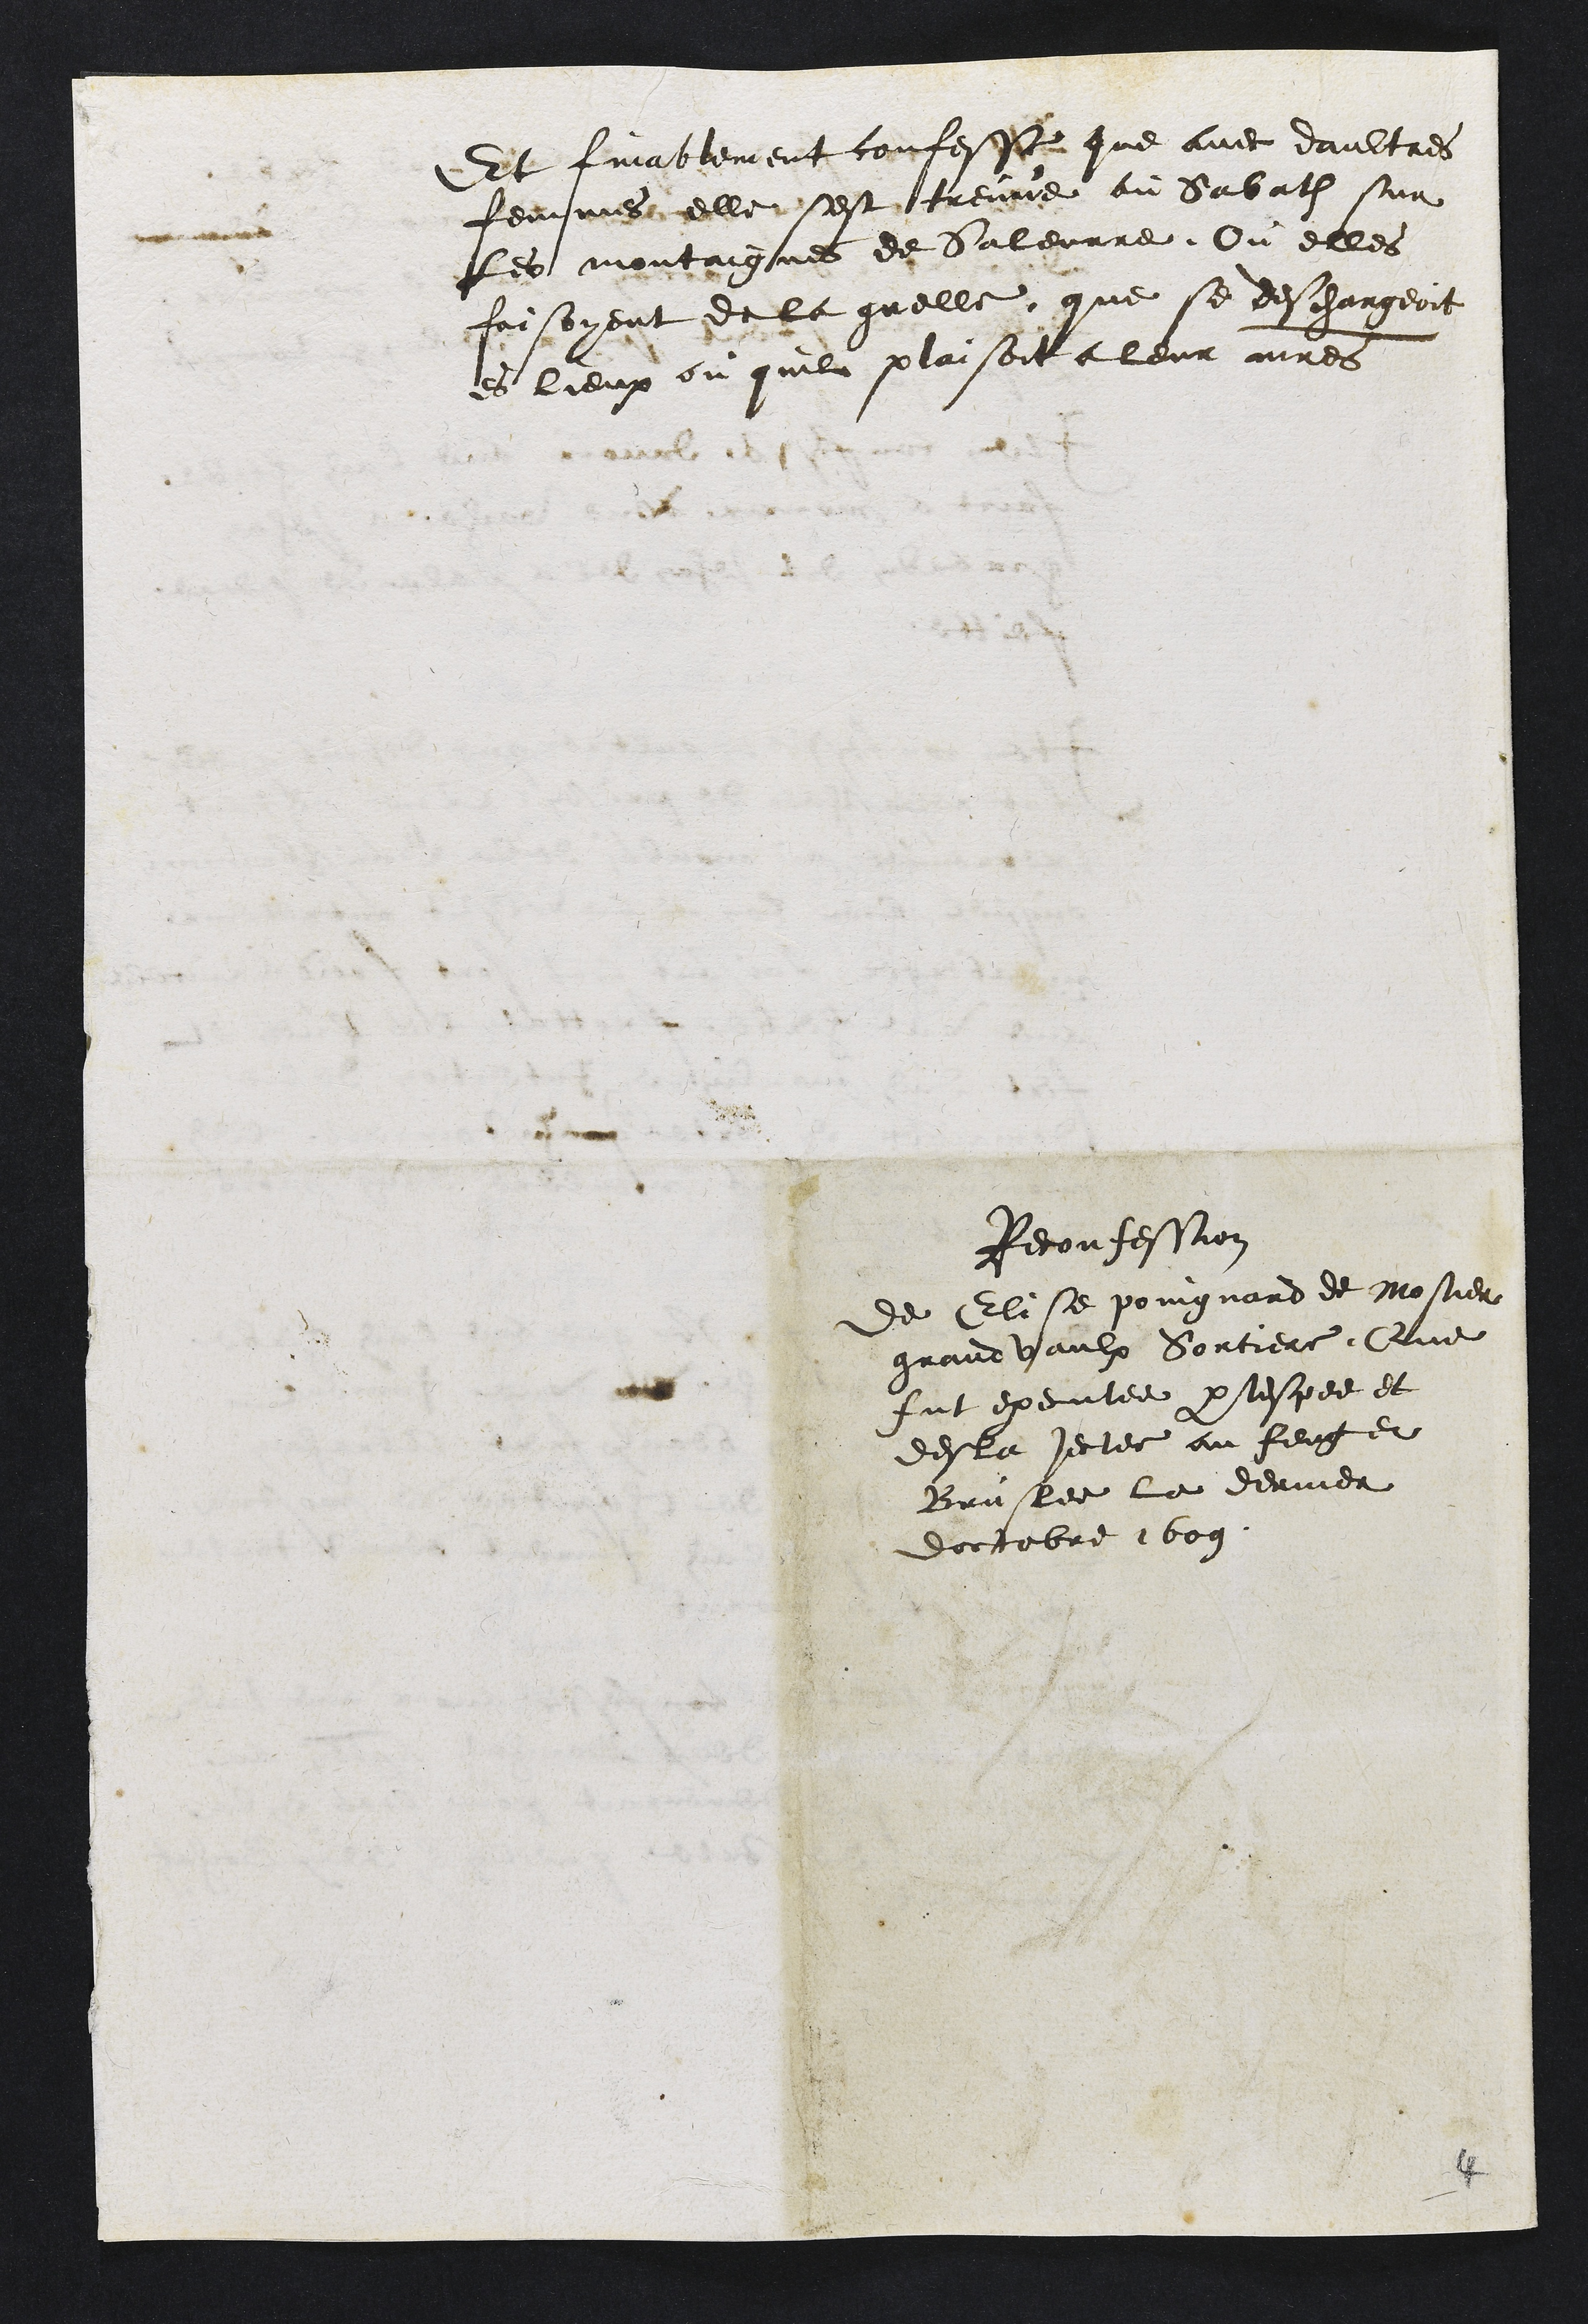
Et finablement confesse que avec daultres
femmes elle sest treuve au Sabath sur
Les montaignes de Saleurre Ou elles
faisoyent de la grelle, que se deschargeoit
es lieux ou quil plaisoit a leur maitres
Reconfession
de Elise poingnard de Mostier
grand vaulx Sorciere, Que
fut executee par lespee et
desla jectee au feug et
Bruslee le dernier
doctobre 1609

4